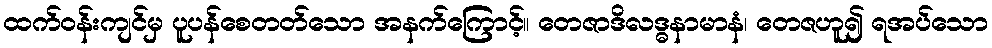
ထက်ဝန်းကျင်မှ ပူပန်စေတတ်သော အနက်ကြောင့်။ တေဇာဒိလဒ္ဓနာမာနံ၊ တေဇဟူ၍ ရအပ်သော